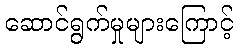
ဆောင်ရွက်မှုများကြောင့်